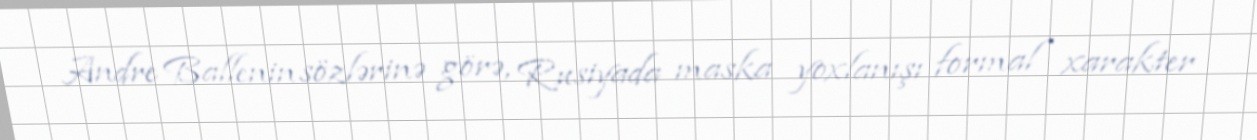
Andre Ballenin sözlərinə görə, Rusiyada maska yoxlanışı formal xarakter